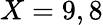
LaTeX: X=9,8